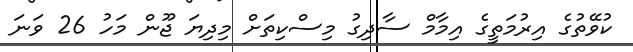
ކުވޭތުގެ އިރުމަތީގެ އިމާމް ސާދިގު މިސްކިތަށް މިދިޔަ ޖޫން މަހު 26 ވަނަ